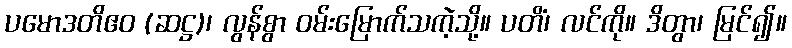
ပမောဒတိဧဝ (ဆဋ္ဌ)၊ လွန်စွာ ဝမ်းမြောက်သကဲ့သို့။ ပတိံ၊ လင်ကို။ ဒိတွာ၊ မြင်၍။